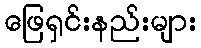
ဖြေရှင်းနည်းများ